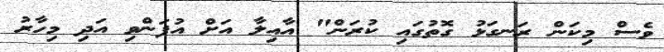
ވެސް މިކަން ރަނގަޅު ގޮތުގައި ކުރަން" އާއިލާ އަށް އުފަންވި އަދި މިހާރު